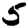
Digit: 5